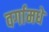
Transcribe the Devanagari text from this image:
वर्गामधे